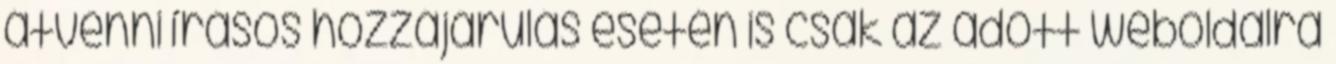
átvenni írásos hozzájárulás esetén is csak az adott weboldalra